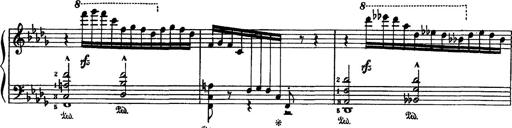
Title: Fantaisie sur des motifs favoris de l'opÃ©ra 'La sonnambula'
Composer: Franz Liszt